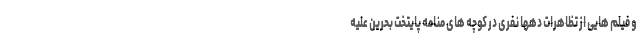
و فیلم هایی از تظاهرات دهها نفری در کوچه های منامه پایتخت بحرین علیه